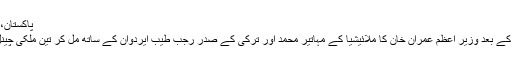
پاکستان، ملائیشیا اور ترکی کا مشترکہ ٹی وی چینل
ماہرین کے مطابق پاکستان کی عدم شرکت کے بعد وزیر اعظم عمران خان کا ملائیشیا کے مہاتیر محمد اور ترکی کے صدر رجب طیب ایردوان کے ساتھ مل کر تین ملکی چینل بنانے کا خواب بھی بکھرتا نظر آرہا ہے۔